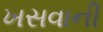
ખસવાની